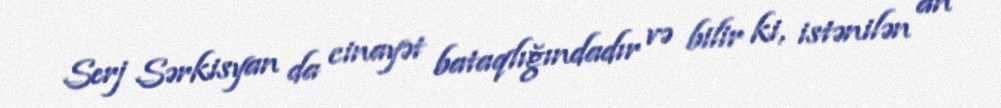
Serj Sərkisyan da cinayət bataqlığındadır və bilir ki, istənilən an